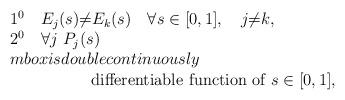
LaTeX: \begin{align*}\begin{array}{l}1^0 \quad E_{j} (s) {\neq} E_{k} (s) \quad \forall s \in [0,1],\quad j {\neq} k , \\2^0 \quad \forall j \ P_j (s) \\mbox{is double continuously } \\\qquad \qquad \quad\mbox{differentiable function of} \ s \in [0,1] ,\end{array}\end{align*}